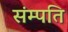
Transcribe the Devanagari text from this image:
संम्पति